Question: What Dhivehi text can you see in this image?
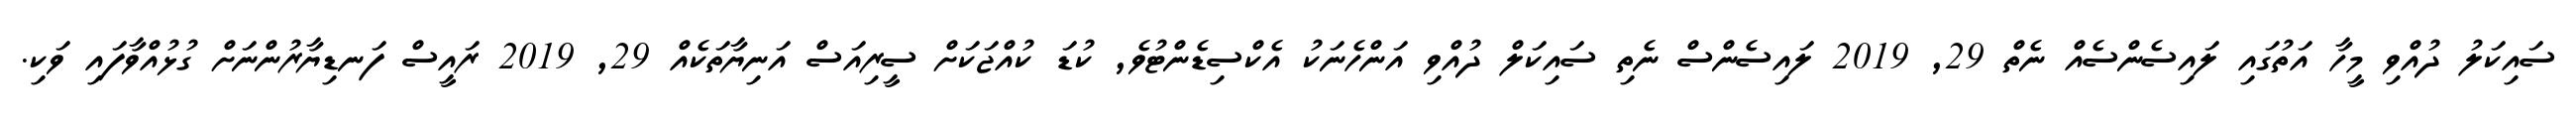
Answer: ސައިކަލު ދުއްވި މީހާ އަތުގައި ލައިސެންސެއް ނެތް 29, 2019 ލައިސެންސް ނެތި ސައިކަލް ދުއްވި އަންހެނަކު އެކްސިޑެންޓުވެ, ކުޑަ ކުއްޖަކަށް ސީރިއަސް އަނިޔާތަކެއް 29, 2019 ރައީސް ފަނޑިޔާރުންނަށް ގުޅުއްވާފައި ވަކި.